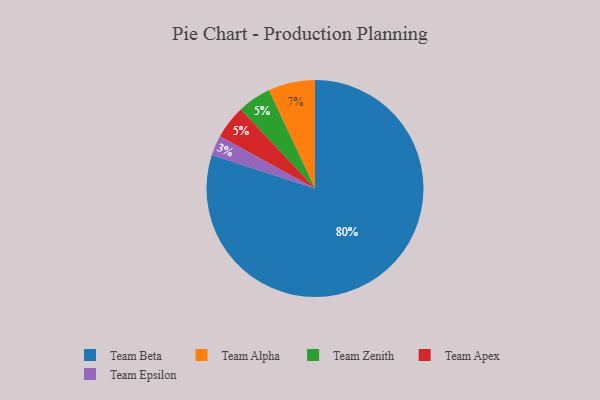
{"axis": {"x": "Category", "y": "Percentage"}, "legend": ["Team Alpha", "Team Apex", "Team Beta", "Team Epsilon", "Team Zenith"], "data": [{"x": "Team Zenith", "y": 5, "type": "Team Zenith"}, {"x": "Team Alpha", "y": 7, "type": "Team Alpha"}, {"x": "Team Apex", "y": 5, "type": "Team Apex"}, {"x": "Team Epsilon", "y": 3, "type": "Team Epsilon"}, {"x": "Team Beta", "y": 80, "type": "Team Beta"}]}